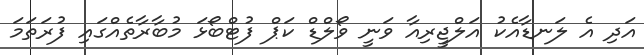
އަދި އެ ލަނޑާއެކު އަލްޖީރިއާ ވަނީ ވޯލްޑް ކަޕް ފުޓްބޯޅަ މުބާރާތެއްގައި ފުރަތަމަ